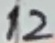
Text: 12